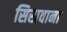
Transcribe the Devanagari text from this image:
सिखवाना